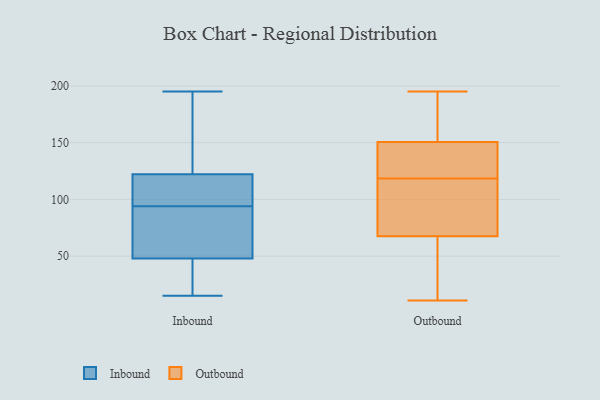
{"axis": {"x": "Latency (ms)", "y": "Value"}, "legend": ["Inbound", "Outbound"], "data": [{"x": "", "y": 107, "type": "Inbound"}, {"x": "", "y": 125, "type": "Inbound"}, {"x": "", "y": 66, "type": "Inbound"}, {"x": "", "y": 195, "type": "Inbound"}, {"x": "", "y": 38, "type": "Inbound"}, {"x": "", "y": 94, "type": "Inbound"}, {"x": "", "y": 57, "type": "Inbound"}, {"x": "", "y": 114, "type": "Inbound"}, {"x": "", "y": 45, "type": "Inbound"}, {"x": "", "y": 15, "type": "Inbound"}, {"x": "", "y": 135, "type": "Inbound"}, {"x": "", "y": 195, "type": "Outbound"}, {"x": "", "y": 67, "type": "Outbound"}, {"x": "", "y": 68, "type": "Outbound"}, {"x": "", "y": 157, "type": "Outbound"}, {"x": "", "y": 32, "type": "Outbound"}, {"x": "", "y": 107, "type": "Outbound"}, {"x": "", "y": 123, "type": "Outbound"}, {"x": "", "y": 190, "type": "Outbound"}, {"x": "", "y": 188, "type": "Outbound"}, {"x": "", "y": 88, "type": "Outbound"}, {"x": "", "y": 66, "type": "Outbound"}, {"x": "", "y": 22, "type": "Outbound"}, {"x": "", "y": 133, "type": "Outbound"}, {"x": "", "y": 119, "type": "Outbound"}, {"x": "", "y": 11, "type": "Outbound"}, {"x": "", "y": 178, "type": "Outbound"}, {"x": "", "y": 118, "type": "Outbound"}, {"x": "", "y": 109, "type": "Outbound"}, {"x": "", "y": 138, "type": "Outbound"}, {"x": "", "y": 144, "type": "Outbound"}]}